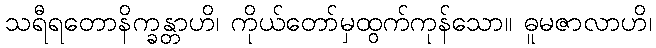
သရီရတောနိက္ခန္တာဟိ၊ ကိုယ်တော်မှထွက်ကုန်သော။ ဓူမဇာလာဟိ၊